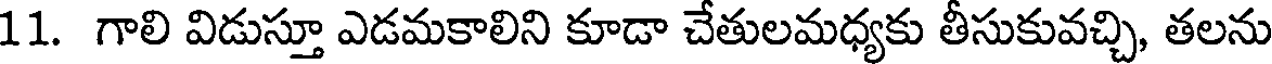
11. గాలి విడుస్తూ ఎడమకాలిని కూడా చేతులమధ్యకు తీసుకువచ్చి, తలను